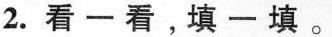
2.看一看，填一填。